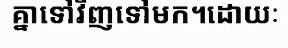
គ្នាទៅវិញទៅមក។ដោយៈ